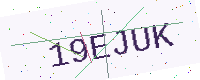
Text: 19EJUK